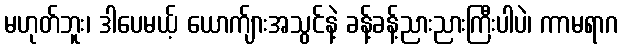
မဟုတ်ဘူး၊ ဒါပေမယ့် ယောက်ျားအသွင်နဲ့ ခန့်ခန့်ညားညားကြီးပါပဲ၊ ကာမရာဂ